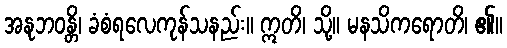
အနုဘဝန္တိ၊ ခံစံရလေကုန်သနည်း။ ဣတိ၊ သို့။ မနသိကရောတိ၊ ၏။